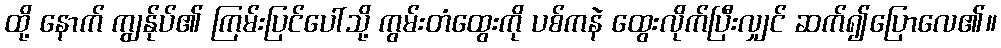
ထို့ နောက် ကျွန်ုပ်၏ ကြမ်းပြင်ပေါ်သို့ ကွမ်းတံထွေးကို ပစ်ကနဲ ထွေးလိုက်ပြီးလျှင် ဆက်၍ပြောလေ၏။